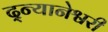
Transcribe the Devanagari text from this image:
द्न्यानेश्वरी